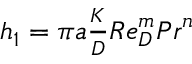
\begin{array} { r } { h _ { 1 } = \pi a \frac { K } { D } { R e } _ { D } ^ { m } { P r } ^ { n } } \end{array}